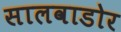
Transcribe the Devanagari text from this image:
सालवाडोर